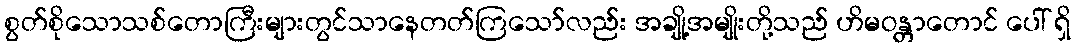
စွတ်စိုသောသစ်တောကြီးများတွင်သာနေတတ်ကြသော်လည်း အချို့အမျိုးတို့သည် ဟိမဝန္တာတောင် ပေါ် ရှိ